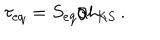
\tau _ { \mathrm { e q } } = S _ { \mathrm { e q } } / h _ { \mathrm { K S } } \, .